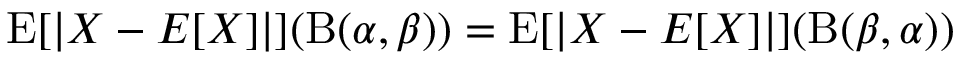
\operatorname { E } [ | X - E [ X ] | ] ( \mathrm { B } ( \alpha , \beta ) ) = \operatorname { E } [ | X - E [ X ] | ] ( \mathrm { B } ( \beta , \alpha ) )